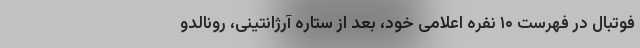
فوتبال در فهرست ۱۰ نفره اعلامی خود، بعد از ستاره آرژانتینی، رونالدو